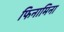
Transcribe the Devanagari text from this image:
फिनामिना